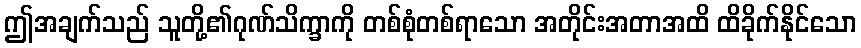
ဤအချက်သည် သူတို့၏ဂုဏ်သိက္ခာကို တစ်စုံတစ်ရာသော အတိုင်းအတာအထိ ထိခိုက်နိုင်သော